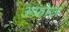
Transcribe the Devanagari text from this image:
अफ्रोज़